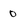
Character: 0